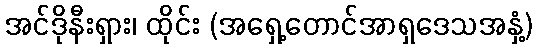
အင်ဒိုနီးရှား၊ ထိုင်း (အရှေ့တောင်အာရှဒေသအနှံ့)